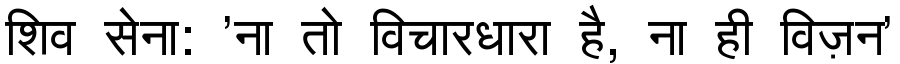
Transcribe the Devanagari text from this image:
शिव सेना: 'ना तो विचारधारा है, ना ही विज़न'